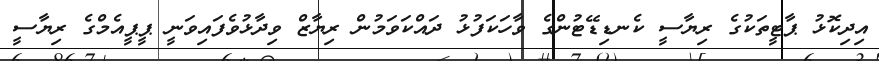
އިދިކޮޅު ޕާޓީތަކުގެ ރިޔާސީ ކެނޑިޑޭޓުންގެ ވާހަަކަފުޅު ދައްކަވަމުން ރިޔާޒް ވިދާޅުވެފައިވަނީ ޕީޕީއެމްގެ ރިޔާސީ